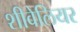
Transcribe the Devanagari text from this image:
शीवेलियर